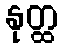
နုတ္ထ